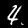
Digit: 4